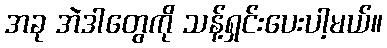
အခု အဲဒါတွေကို သန့်ရှင်းပေးပါ့မယ်။